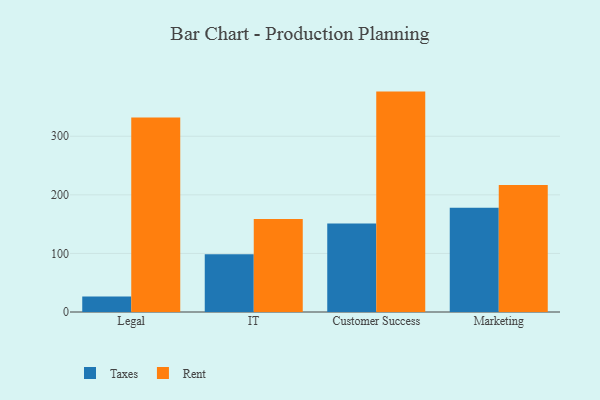
{"axis": {"x": "Department", "y": "Bounce Rate (%)"}, "legend": ["Rent", "Taxes"], "data": [{"x": "Legal", "y": 26.3, "type": "Taxes"}, {"x": "Legal", "y": 332.0, "type": "Rent"}, {"x": "IT", "y": 98.4, "type": "Taxes"}, {"x": "IT", "y": 158.6, "type": "Rent"}, {"x": "Customer Success", "y": 151.0, "type": "Taxes"}, {"x": "Customer Success", "y": 376.2, "type": "Rent"}, {"x": "Marketing", "y": 178.0, "type": "Taxes"}, {"x": "Marketing", "y": 216.9, "type": "Rent"}]}